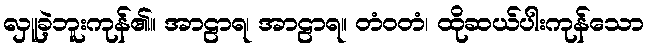
လှူခဲ့ဘူးကုန်၏။ အာဠာရ၊ အာဠာရ။ တံဝတံ၊ ထိုဆယ်ပါးကုန်သော